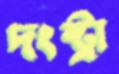
দংষ্ট্রা